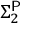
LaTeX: \Sigma _ { 2 } ^ { \mathsf { P } }